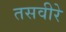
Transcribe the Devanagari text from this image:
तसवीरे